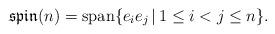
LaTeX: \begin{gather*}\mathfrak{spin}(n)=\mbox{span}\{e_ie_j\,|\,1\leq i< j \leq n\}.\end{gather*}